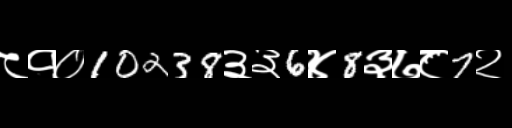
Text: ८१०10238३३6४8३७८7२